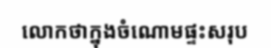
លោកថាក្នុងចំណោមផ្ទះសរុប